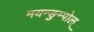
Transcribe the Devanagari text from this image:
मयन्ङुम्पोल्